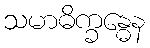
သမာဓိက္ခန္ဓေန